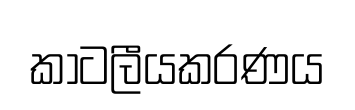
කාටලීයකරණය